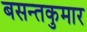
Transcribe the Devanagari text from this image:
बसन्तकुमार